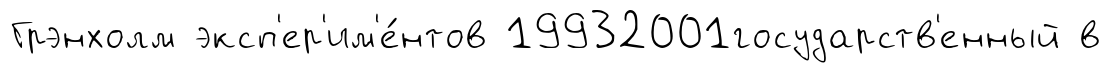
Грэнхолм эксп'ер'им'е́нтов 19932001государств'енный в